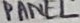
Text: PANEL